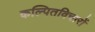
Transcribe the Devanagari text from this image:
कल्पितविचारों